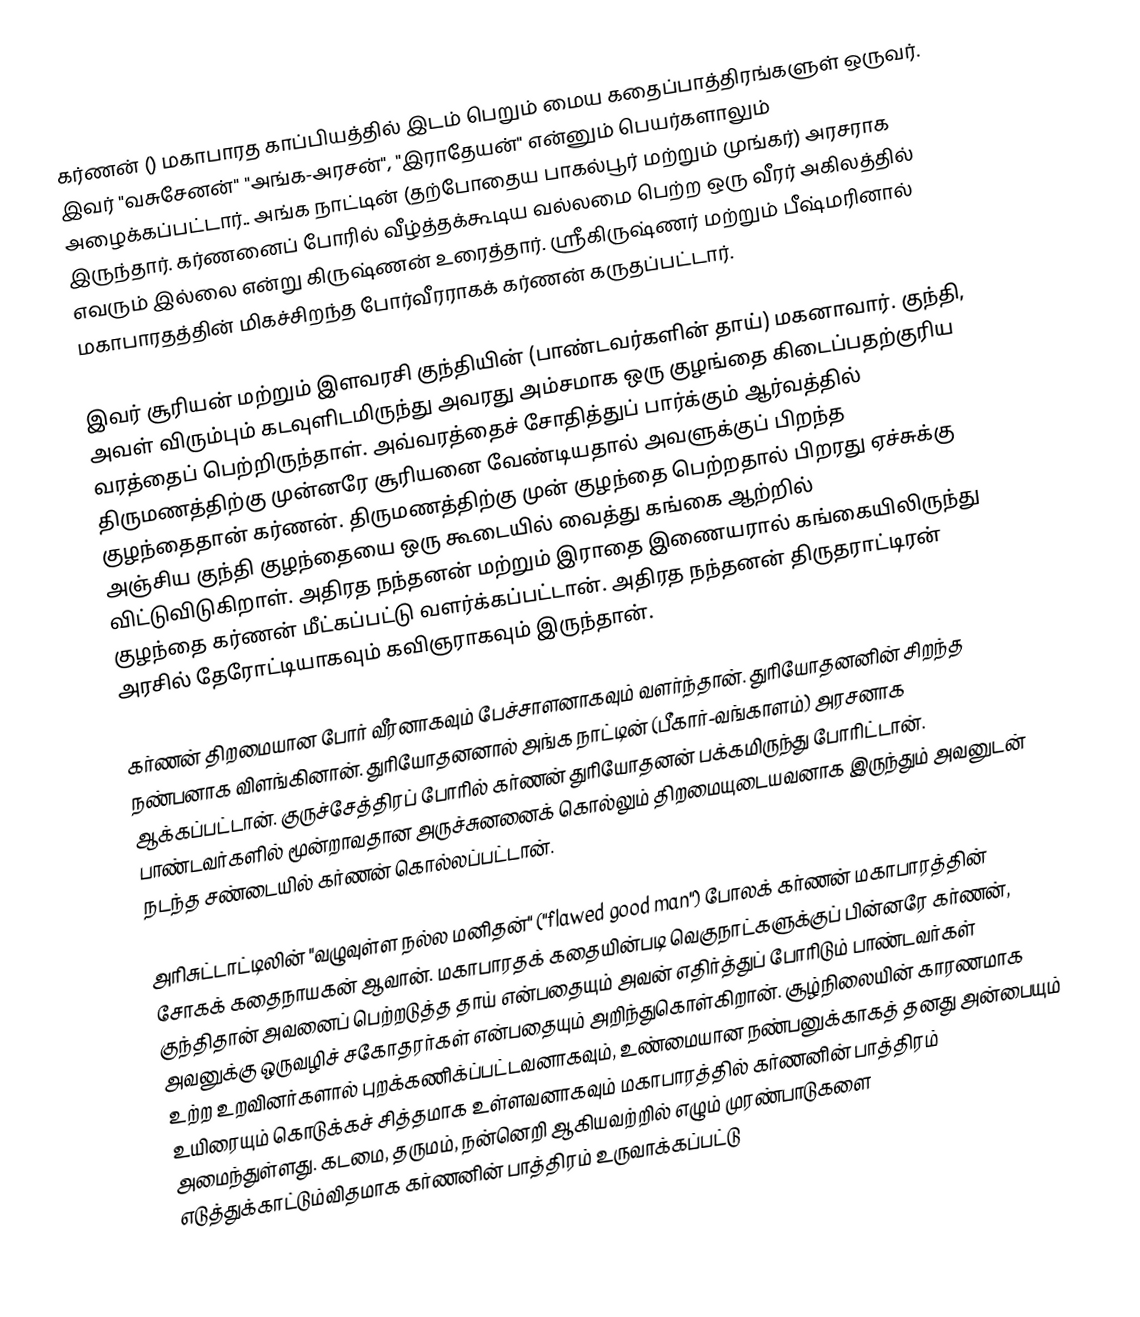
கர்ணன் ()  மகாபாரத காப்பியத்தில் இடம் பெறும் மைய கதைப்பாத்திரங்களுள் ஒருவர். இவர் "வசுசேனன்" "அங்க-அரசன்", "இராதேயன்" என்னும் பெயர்களாலும் அழைக்கப்பட்டார்.. அங்க நாட்டின் (தற்போதைய பாகல்பூர் மற்றும் முங்கர்) அரசராக இருந்தார். கர்ணனைப் போரில் வீழ்த்தக்கூடிய வல்லமை பெற்ற ஒரு வீரர்  அகிலத்தில் எவரும் இல்லை என்று கிருஷ்ணன் உரைத்தார். ஸ்ரீகிருஷ்ணர் மற்றும் பீஷ்மரினால் மகாபாரதத்தின் மிகச்சிறந்த போர்வீரராகக் கர்ணன் கருதப்பட்டார்.

இவர் சூரியன் மற்றும் இளவரசி குந்தியின் (பாண்டவர்களின் தாய்) மகனாவார். குந்தி, அவள் விரும்பும் கடவுளிடமிருந்து அவரது அம்சமாக ஒரு குழங்தை கிடைப்பதற்குரிய வரத்தைப் பெற்றிருந்தாள். அவ்வரத்தைச் சோதித்துப் பார்க்கும் ஆர்வத்தில் திருமணத்திற்கு முன்னரே சூரியனை வேண்டியதால் அவளுக்குப் பிறந்த குழந்தைதான் கர்ணன். திருமணத்திற்கு முன் குழந்தை பெற்றதால் பிறரது ஏச்சுக்கு அஞ்சிய குந்தி குழந்தையை ஒரு கூடையில் வைத்து கங்கை ஆற்றில் விட்டுவிடுகிறாள். அதிரத நந்தனன் மற்றும் இராதை இணையரால் கங்கையிலிருந்து குழந்தை கர்ணன் மீட்கப்பட்டு வளர்க்கப்பட்டான். அதிரத நந்தனன்  திருதராட்டிரன் அரசில் தேரோட்டியாகவும் கவிஞராகவும் இருந்தான்.

கர்ணன் திறமையான போர் வீரனாகவும் பேச்சாளனாகவும் வளர்ந்தான். துரியோதனனின் சிறந்த நண்பனாக விளங்கினான். துரியோதனனால் அங்க நாட்டின் (பீகார்-வங்காளம்) அரசனாக ஆக்கப்பட்டான். குருச்சேத்திரப் போரில் கர்ணன் துரியோதனன் பக்கமிருந்து போரிட்டான். பாண்டவர்களில் மூன்றாவதான அருச்சுனனைக் கொல்லும் திறமையுடையவனாக இருந்தும் அவனுடன் நடந்த சண்டையில் கர்ணன் கொல்லப்பட்டான்.

அரிசுட்டாட்டிலின் "வழுவுள்ள நல்ல மனிதன்" ("flawed good man") போலக் கர்ணன் மகாபாரத்தின் சோகக் கதைநாயகன் ஆவான். மகாபாரதக் கதையின்படி வெகுநாட்களுக்குப் பின்னரே கர்ணன், குந்திதான் அவனைப் பெற்றடுத்த தாய் என்பதையும் அவன் எதிர்த்துப் போரிடும் பாண்டவர்கள் அவனுக்கு ஒருவழிச் சகோதரர்கள் என்பதையும் அறிந்துகொள்கிறான். சூழ்நிலையின் காரணமாக உற்ற உறவினர்களால் புறக்கணிக்ப்பட்டவனாகவும், உண்மையான நண்பனுக்காகத் தனது அன்பையும் உயிரையும் கொடுக்கச் சித்தமாக உள்ளவனாகவும் மகாபாரத்தில் கர்ணனின் பாத்திரம் அமைந்துள்ளது. கடமை, தருமம், நன்னெறி ஆகியவற்றில் எழும் முரண்பாடுகளை எடுத்துக்காட்டும்விதமாக கர்ணனின் பாத்திரம் உருவாக்கப்பட்டு